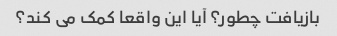
بازیافت چطور؟ آیا این واقعا کمک می کند؟